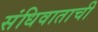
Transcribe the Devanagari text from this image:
संधिवाताची